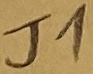
Text: J1